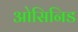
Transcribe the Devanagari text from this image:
ओसिनिड